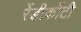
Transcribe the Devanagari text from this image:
रेंडीकोंटी